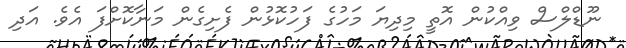
ނޫޑްލްސް ވިއްކުން އޮތީ މިދިޔަ މަހުގެ ފަހުކޮޅުން ފެށިގެން މަނާކޮށްފަ އެވެ. އަދި